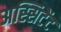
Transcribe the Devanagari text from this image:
अस्सिटेंट